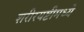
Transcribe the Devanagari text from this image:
शरीरयष्टीमध्ये